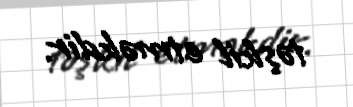
təşkil etməkdir.